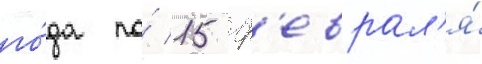
го́да по́ 15 ф'еврал'я́